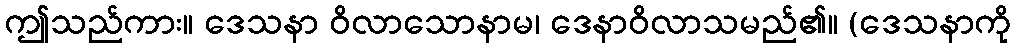
ဤသည်ကား။ ဒေသနာ ဝိလာသောနာမ၊ ဒေနာဝိလာသမည်၏။ (ဒေသနာကို